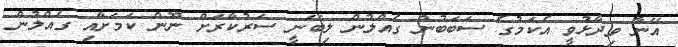
އޭނާ ވިދާޅުވީ އެކަމުގެ ސަބަބުން ގެއްލުން ލިބޭނީ ސަރުކާރަށް ނޫން ކަމަށާއި ގެއްލުން